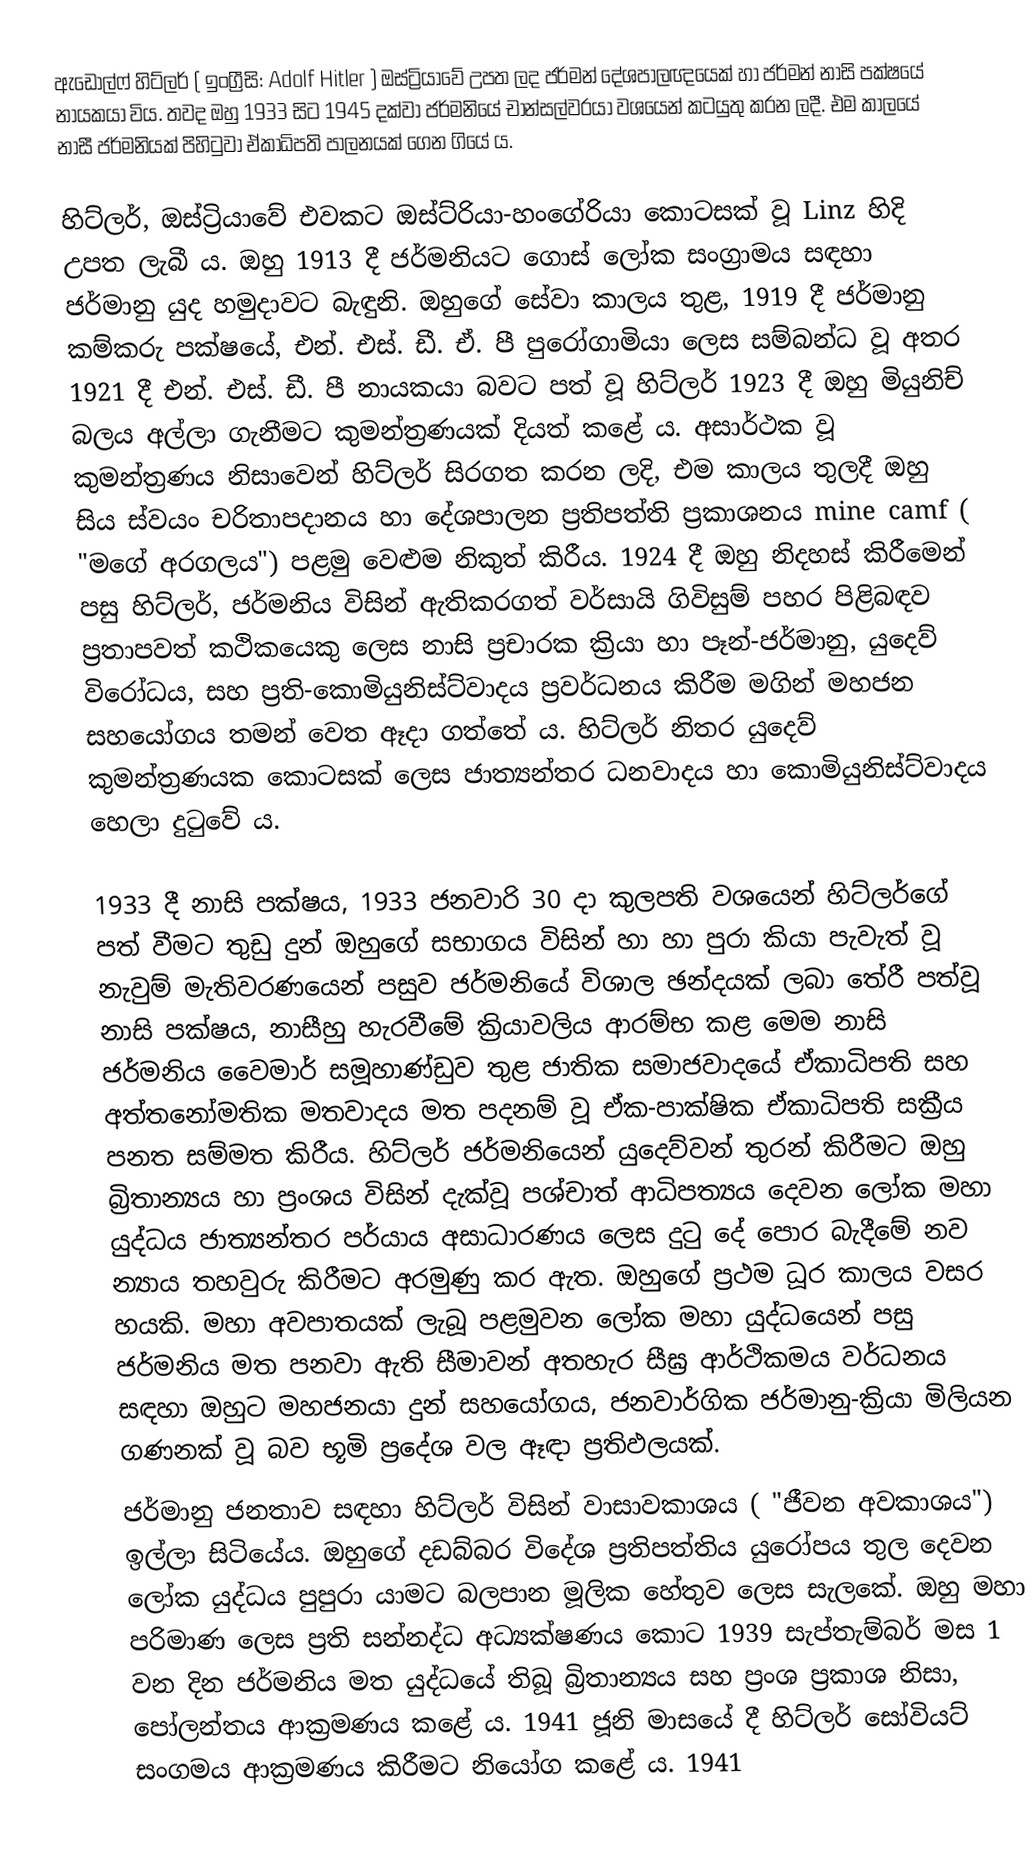
ඇඩොල්ෆ් හිට්ලර් ( ඉංග්‍රීසි: Adolf Hitler ) ඔස්ට්‍රියාවේ උපත ලද ජර්මන් දේශපාලඥයෙක් හා ජර්මන් නාසි පක්ෂයේ නායකයා විය. තවද ඔහු 1933 සිට 1945 දක්වා ජර්මනියේ චාන්සල්වරයා වශයෙන්  කටයුතු කරන ලදී. එම කාලයේ නාසී ජර්මනියක් පිහිටුවා ඒකාධිපති පාලනයක් ගෙන ගියේ ය.

හිට්ලර්, ඔස්ට්‍රියාවේ එවකට ඔස්ට්රියා-හංගේරියා කොටසක් වූ Linz හිදි උපත ලැබී ය. ඔහු 1913 දී ජර්මනියට ගොස් ලෝක සංග්‍රාමය සඳහා ජර්මානු යුද හමුදාවට බැඳුනි. ඔහුගේ සේවා කාලය තුළ, 1919 දී ජර්මානු කම්කරු පක්ෂයේ, එන්. එස්. ඩී. ඒ. පී පුරෝගාමියා ලෙස සම්බන්ධ වූ අතර 1921 දී එන්. එස්. ඩී. පී නායකයා බවට පත් වූ හිට්ලර් 1923 දී ඔහු මියුනිච් බලය අල්ලා ගැනීමට කුමන්ත්‍රණයක් දියත් කළේ ය. අසාර්ථක වූ කුමන්ත්‍රණය නිසාවෙන් හිට්ලර් සිරගත කරන ලදි, එම කාලය තුලදී ඔහු සිය ස්වයං චරිතාපදානය හා දේශපාලන ප්‍රතිපත්ති ප්‍රකාශනය mine camf ( "මගේ අරගලය") පළමු වෙළුම නිකුත් කිරීය. 1924 දී ඔහු නිදහස් කිරීමෙන් පසු හිට්ලර්, ජර්මනිය විසින් ඇතිකරගත් වර්සායි ගිවිසුම් පහර  පිළිබඳව ප්‍රතාපවත් කථිකයෙකු ලෙස නාසි ප්‍රචාරක ක්‍රියා හා පෑන්-ජර්මානු, යුදෙව් විරෝධය, සහ ප්‍රති-කොමියුනිස්ට්වාදය ප්‍රවර්ධනය කිරීම මගින් මහජන සහයෝගය තමන් වෙත ඈදා ගත්තේ ය. හිට්ලර් නිතර යුදෙව් කුමන්ත්‍රණයක කොටසක් ලෙස ජාත්‍යන්තර ධනවාදය හා කොමියුනිස්ට්වාදය හෙලා දුටුවේ ය.

1933 දී නාසි පක්ෂය, 1933 ජනවාරි 30 දා කුලපති වශයෙන් හිට්ලර්ගේ පත් වීමට තුඩු දුන් ඔහුගේ සභාගය විසින් හා හා පුරා කියා පැවැත් වූ නැවුම් මැතිවරණයෙන් පසුව ජර්මනියේ විශාල ඡන්දයක් ලබා තේරී පත්වූ නාසි පක්ෂය, නාසීහු හැරවීමේ ක්‍රියාවලිය ආරම්භ කළ මෙම නාසි ජර්මනිය වෛමාර් සමූහාණ්ඩුව තුළ ජාතික සමාජවාදයේ ඒකාධිපති සහ අත්තනෝමතික මතවාදය මත පදනම් වූ ඒක-පාක්ෂික ඒකාධිපති සක්‍රීය පනත සම්මත කිරීය. හිට්ලර් ජර්මනියෙන් යුදෙව්වන් තුරන් කිරීමට ඔහු බ්‍රිතාන්‍යය හා ප්‍රංශය විසින් දැක්වූ පශ්චාත් ආධිපත්‍යය දෙවන ලෝක මහා යුද්ධය ජාත්‍යන්තර පර්යාය අසාධාරණය ලෙස දුටු දේ පොර බැදීමේ නව න්‍යාය තහවුරු කිරීමට අරමුණු කර ඇත. ඔහුගේ ප්‍රථම ධූර කාලය වසර හයකි. මහා අවපාතයක් ලැබූ පළමුවන ලෝක මහා යුද්ධයෙන් පසු ජර්මනිය මත පනවා ඇති සීමාවන් අතහැර සීඝ්‍ර ආර්ථිකමය වර්ධනය සඳහා ඔහුට මහජනයා දුන් සහයෝගය, ජනවාර්ගික ජර්මානු-ක්‍රියා මිලියන ගණනක් වූ බව භූමි ප්‍රදේශ වල ඈඳා ප්‍රතිඵලයක්.
ජර්මානු ජනතාව සඳහා හිට්ලර් විසින් වාසාවකාශය ( "ජීවන අවකාශය") ඉල්ලා සිටියේය. ඔහුගේ දඩබ්බර විදේශ ප්‍රතිපත්තිය යුරෝපය තුල දෙවන ලෝක යුද්ධය පුපුරා යාමට බලපාන මූලික හේතුව ලෙස සැලකේ. ඔහු මහා පරිමාණ ලෙස ප්‍රති සන්නද්ධ අධ්‍යක්ෂණය කොට 1939 සැප්තැම්බර් මස 1 වන දින ජර්මනිය මත යුද්ධයේ තිබූ බ්‍රිතාන්‍යය සහ ප්‍රංශ ප්‍රකාශ නිසා, පෝලන්තය ආක්‍රමණය කළේ ය. 1941 ජූනි මාසයේ දී හිට්ලර් සෝවියට් සංගමය ආක්‍රමණය කිරීමට නියෝග කළේ ය. 1941